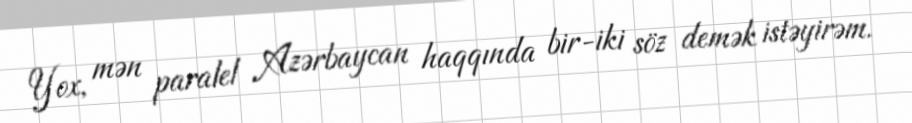
Yox, mən paralel Azərbaycan haqqında bir-iki söz demək istəyirəm.